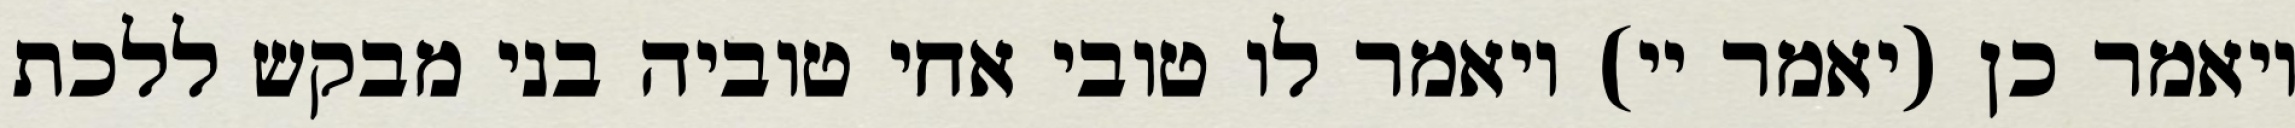
ויאמר כן (יאמר יי) ויאמר לו טובי אחי טוביה בני מבקש ללכת